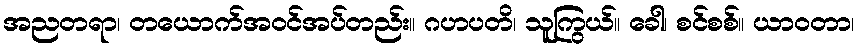
အညတရာ၊ တယောက်အဝင်အပ်တည်း။ ဂဟပတိ၊ သူကြွယ်။ ခေါ၊ စင်စစ်။ ယာဝတာ၊